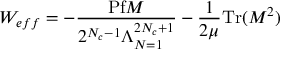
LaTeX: W _ { e f f } = - \frac { \mathrm { P f } M } { 2 ^ { N _ { c } - 1 } \Lambda _ { N = 1 } ^ { 2 N _ { c } + 1 } } - \frac { 1 } { 2 \mu } \mathrm { T r } ( M ^ { 2 } )